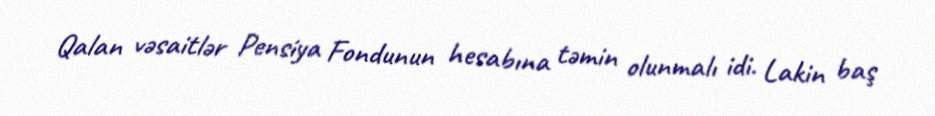
Qalan vəsaitlər Pensiya Fondunun hesabına təmin olunmalı idi. Lakin baş